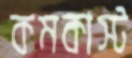
কমকাস্ট